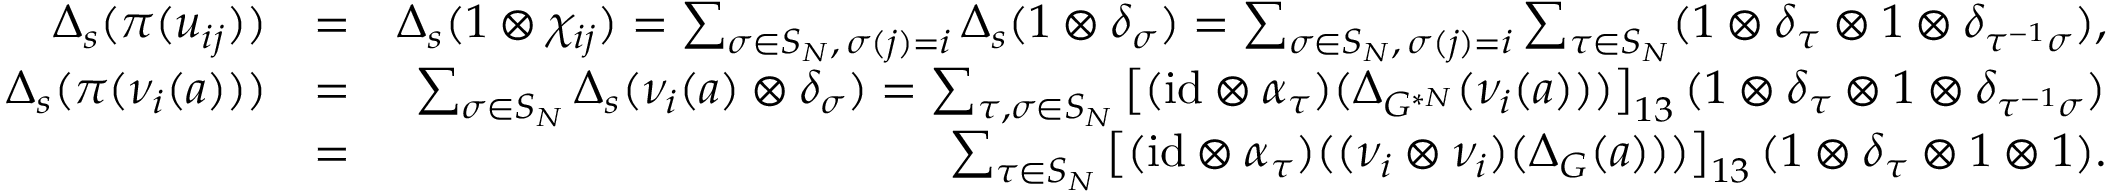
\begin{array} { r l r } { \Delta _ { s } ( \pi ( u _ { i j } ) ) } & { = } & { \Delta _ { s } ( 1 \otimes \chi _ { i j } ) = \sum _ { \sigma \in S _ { N } , \, \sigma ( j ) = i } \Delta _ { s } ( 1 \otimes \delta _ { \sigma } ) = \sum _ { \sigma \in S _ { N } , \, \sigma ( j ) = i } \sum _ { \tau \in S _ { N } } ( 1 \otimes \delta _ { \tau } \otimes 1 \otimes \delta _ { \tau ^ { - 1 } \sigma } ) , } \\ { \Delta _ { s } ( \pi ( \nu _ { i } ( a ) ) ) } & { = } & { \sum _ { \sigma \in S _ { N } } \Delta _ { s } ( \nu _ { i } ( a ) \otimes \delta _ { \sigma } ) = \sum _ { \tau , \sigma \in S _ { N } } \left[ ( \mathrm { i d } \otimes \alpha _ { \tau } ) ( \Delta _ { G ^ { * N } } ( \nu _ { i } ( a ) ) ) \right] _ { 1 3 } ( 1 \otimes \delta _ { \tau } \otimes 1 \otimes \delta _ { \tau ^ { - 1 } \sigma } ) } \\ & { = } & { \sum _ { \tau \in S _ { N } } \left[ ( \mathrm { i d } \otimes \alpha _ { \tau } ) ( ( \nu _ { i } \otimes \nu _ { i } ) ( \Delta _ { G } ( a ) ) ) \right] _ { 1 3 } ( 1 \otimes \delta _ { \tau } \otimes 1 \otimes 1 ) . } \end{array}